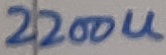
Text: 2200U